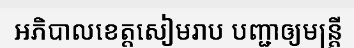
អភិបាលខេត្តសៀមរាប បញ្ជាឲ្យមន្ត្រី